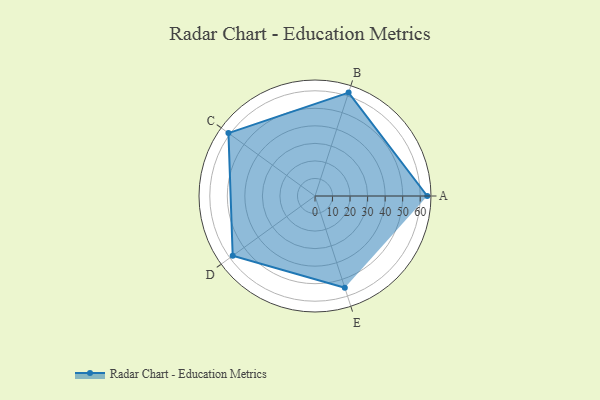
{"axis": {"x": "Skill", "y": "Score"}, "legend": ["Profile"], "data": [{"x": "A", "y": 64.0, "type": "Profile"}, {"x": "B", "y": 62.0, "type": "Profile"}, {"x": "C", "y": 61.0, "type": "Profile"}, {"x": "D", "y": 58.0, "type": "Profile"}, {"x": "E", "y": 55.0, "type": "Profile"}]}